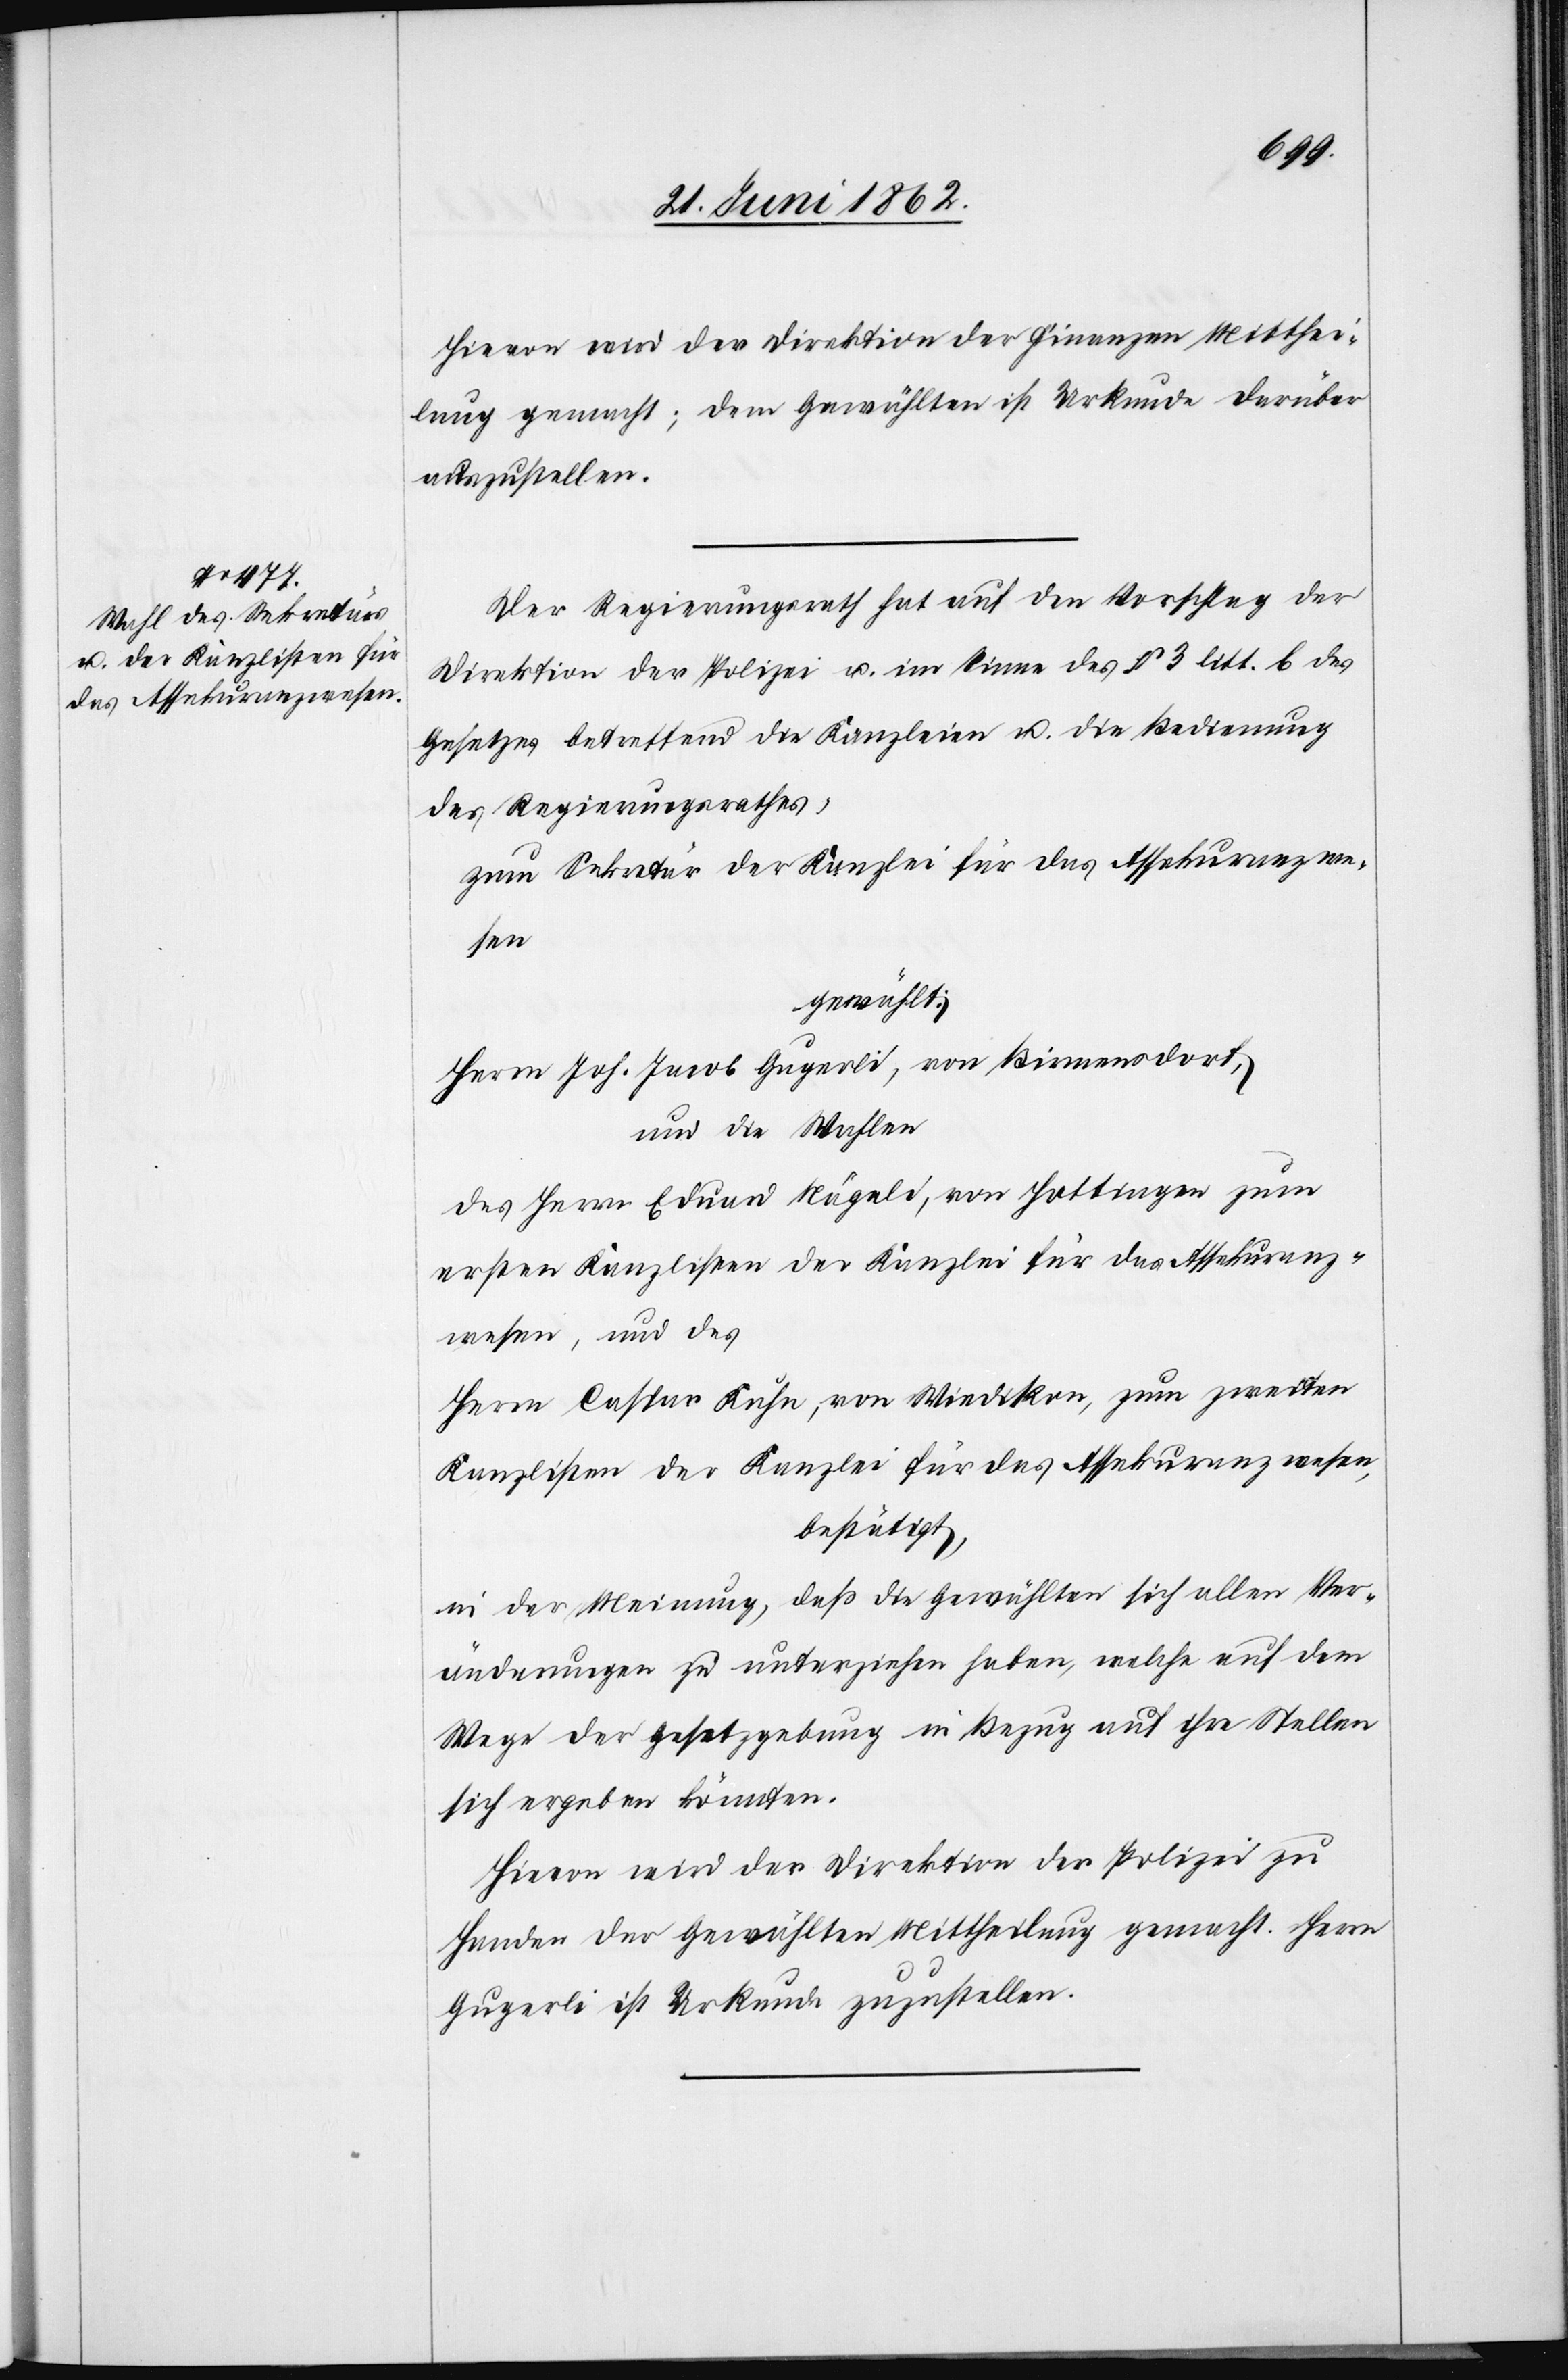
Hievon wird der Direktion der Finanzen Mitthei¬
lung gemacht; dem Gewählten ist Urkunde darüber
auszustellen.
Der Regierungsrath hat auf den Vorschlag der
Direktion der Polizei u. im Sinne des § 3 litt. b des
Gesetzes betreffend die Kanzleien u. die Bedienung
des Regierungsrathes,
zum Sekretär der Kanzlei für das Assekuranzwe¬
sen
gewählt:
Herrn Joh. Jacob Gugerli, von Birmensdorf,
und die Wahlen
des Herrn Eduard Nägeli, von Hottingen zum
ersten Kanzlisten der Kanzlei für das Assekuranz¬
wesen, und des
Herrn Caspar Kuhn, von Wiedikon, zum zweiten
Kanzlisten der Kanzlei für das Assekuranzwesen,
bestätigt:
in der Meinung, daß die Gewählten sich allen Ver¬
änderungen zu unterziehen haben, welche auf dem
Wege der Gesetzgebung im Bezug auf ihre Stellen
sich ergeben könnten.
Hievon wird der Direktion der Polizei zu
Handen der Gewählten Mittheilung gemacht. Herrn
Gugerli ist Urkunde zuzustellen.